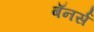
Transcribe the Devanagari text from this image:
बॅनर्स